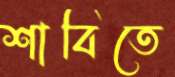
শাবিতে